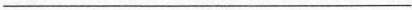
___